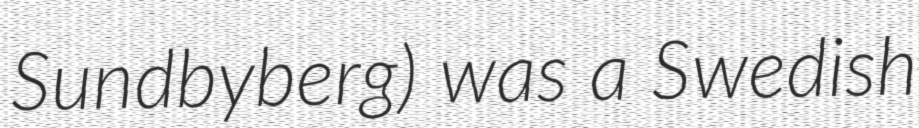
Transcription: Sundbyberg) was a Swedish